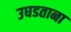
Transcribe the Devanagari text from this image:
उघडताना